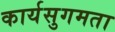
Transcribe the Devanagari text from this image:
कार्यसुगमता